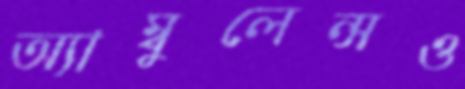
অ্যাম্বুলেন্সও